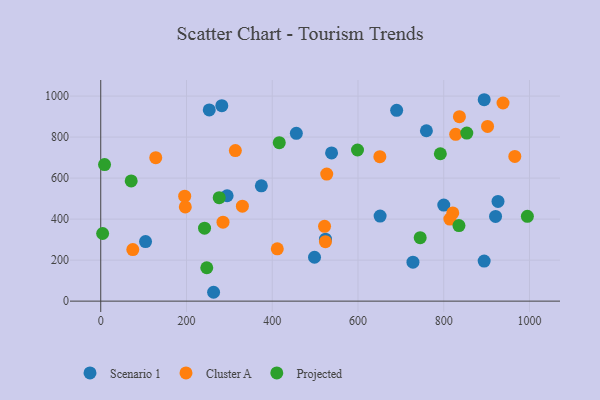
{"axis": {"x": "Speed", "y": "Salary"}, "legend": ["Cluster A", "Projected", "Scenario 1"], "data": [{"x": "253.1", "y": 932.4, "type": "Scenario 1"}, {"x": "728.2", "y": 189.9, "type": "Scenario 1"}, {"x": "894.3", "y": 195.3, "type": "Scenario 1"}, {"x": "800.1", "y": 468.3, "type": "Scenario 1"}, {"x": "374.6", "y": 562.5, "type": "Scenario 1"}, {"x": "920.9", "y": 412.9, "type": "Scenario 1"}, {"x": "456.2", "y": 818.2, "type": "Scenario 1"}, {"x": "524.2", "y": 301.9, "type": "Scenario 1"}, {"x": "498.6", "y": 214.0, "type": "Scenario 1"}, {"x": "759.6", "y": 830.7, "type": "Scenario 1"}, {"x": "263.2", "y": 43.2, "type": "Scenario 1"}, {"x": "538.4", "y": 722.8, "type": "Scenario 1"}, {"x": "690.2", "y": 930.3, "type": "Scenario 1"}, {"x": "104.5", "y": 290.2, "type": "Scenario 1"}, {"x": "926.6", "y": 486.1, "type": "Scenario 1"}, {"x": "294.8", "y": 513.9, "type": "Scenario 1"}, {"x": "282.4", "y": 953.1, "type": "Scenario 1"}, {"x": "894.4", "y": 982.1, "type": "Scenario 1"}, {"x": "651.6", "y": 415.0, "type": "Scenario 1"}, {"x": "902.2", "y": 852.0, "type": "Cluster A"}, {"x": "411.8", "y": 255.3, "type": "Cluster A"}, {"x": "524.1", "y": 290.0, "type": "Cluster A"}, {"x": "938.3", "y": 966.1, "type": "Cluster A"}, {"x": "821.1", "y": 430.1, "type": "Cluster A"}, {"x": "314.0", "y": 734.3, "type": "Cluster A"}, {"x": "330.4", "y": 463.1, "type": "Cluster A"}, {"x": "285.2", "y": 384.9, "type": "Cluster A"}, {"x": "814.3", "y": 400.0, "type": "Cluster A"}, {"x": "128.3", "y": 699.4, "type": "Cluster A"}, {"x": "527.1", "y": 619.8, "type": "Cluster A"}, {"x": "195.8", "y": 511.7, "type": "Cluster A"}, {"x": "827.9", "y": 813.5, "type": "Cluster A"}, {"x": "836.6", "y": 899.3, "type": "Cluster A"}, {"x": "74.8", "y": 251.4, "type": "Cluster A"}, {"x": "522.0", "y": 364.7, "type": "Cluster A"}, {"x": "651.0", "y": 704.6, "type": "Cluster A"}, {"x": "197.2", "y": 459.2, "type": "Cluster A"}, {"x": "965.8", "y": 705.5, "type": "Cluster A"}, {"x": "71.0", "y": 586.4, "type": "Projected"}, {"x": "598.9", "y": 737.0, "type": "Projected"}, {"x": "792.1", "y": 718.6, "type": "Projected"}, {"x": "8.9", "y": 665.8, "type": "Projected"}, {"x": "835.5", "y": 368.6, "type": "Projected"}, {"x": "853.8", "y": 819.6, "type": "Projected"}, {"x": "745.1", "y": 309.3, "type": "Projected"}, {"x": "247.3", "y": 162.8, "type": "Projected"}, {"x": "242.1", "y": 355.9, "type": "Projected"}, {"x": "995.1", "y": 413.4, "type": "Projected"}, {"x": "416.4", "y": 772.9, "type": "Projected"}, {"x": "4.4", "y": 329.7, "type": "Projected"}, {"x": "276.3", "y": 504.6, "type": "Projected"}]}